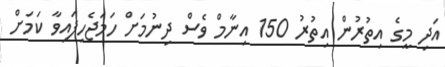
އަދި މީގެ އިތުރުން އިތުރު 150 އިނާމް ވެސް ދިނުމަށް ހަމަޖެހިފައިވާ ކަމަށް